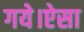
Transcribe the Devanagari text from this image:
गये।ऐसा